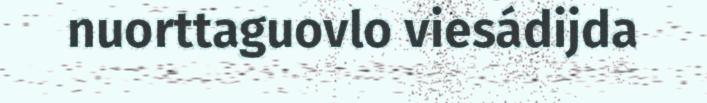
nuorttaguovlo viesádijda